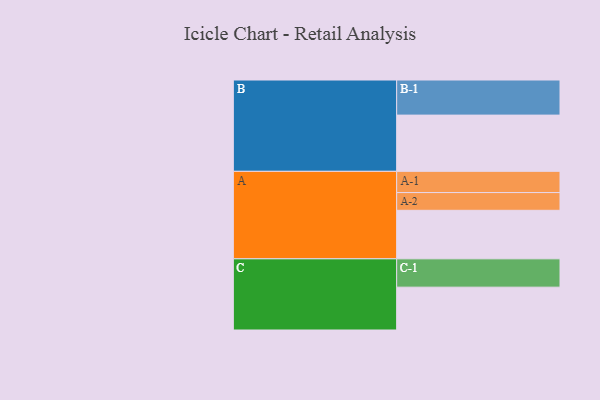
{"axis": {"x": "Segment", "y": "Value"}, "legend": ["", "A", "B", "C"], "data": [{"x": "A", "y": 402, "type": ""}, {"x": "B", "y": 466, "type": ""}, {"x": "C", "y": 355, "type": ""}, {"x": "A-1", "y": 176, "type": "A"}, {"x": "A-2", "y": 147, "type": "A"}, {"x": "B-1", "y": 291, "type": "B"}, {"x": "C-1", "y": 235, "type": "C"}]}